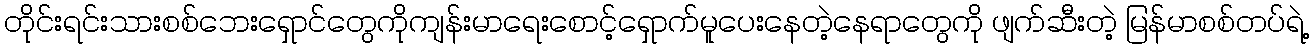
တိုင်းရင်းသားစစ်ဘေးရှောင်တွေကိုကျန်းမာရေးစောင့်ရှောက်မူပေးနေတဲ့နေရာတွေကို ဖျက်ဆီးတဲ့ မြန်မာစစ်တပ်ရဲ့